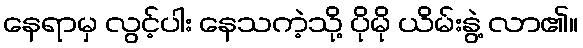
နေရာမှ လွင့်ပါး နေသကဲ့သို့ ပိုမို ယိမ်းနွဲ့ လာ၏။